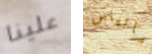
علينا ماتياس